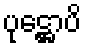
ပုဋ္ဌောပိ